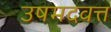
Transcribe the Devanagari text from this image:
उषमदवत्त